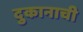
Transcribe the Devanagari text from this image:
दुकानाची